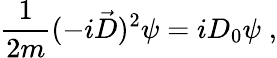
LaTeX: \frac{1}{2m}(-i\vec{D})^{2}\psi=iD_{0}\psi\; ,